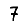
Digit: 7